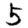
Digit: 5